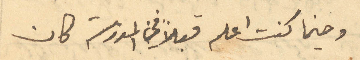
وحينما كنت اعلم قبلاً في المدرسة كان